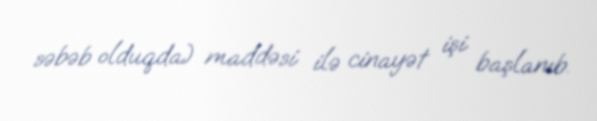
səbəb olduqda) maddəsi ilə cinayət işi başlanıb.